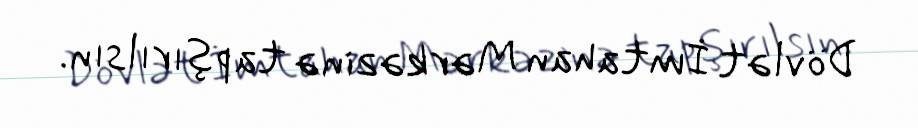
Dövlət İmtahan Mərkəzinə tapşırılsın.